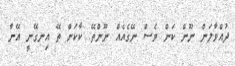
ދުއްވާލަން ނޫން ކަން ވެސް ނޭގެއެއް ނޫންތޭ. ކާކަށް ތޭ އިނގޭނީ އޭނާ